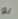
لو